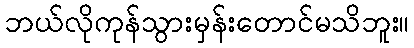
ဘယ်လိုကုန်သွားမှန်းတောင်မသိဘူး။